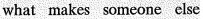
what makes someone else